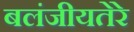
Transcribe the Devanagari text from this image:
बलंजीयतेरे